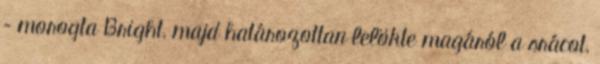
– morogta Bright, majd határozottan lelökte magáról a srácot,